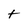
Character: t